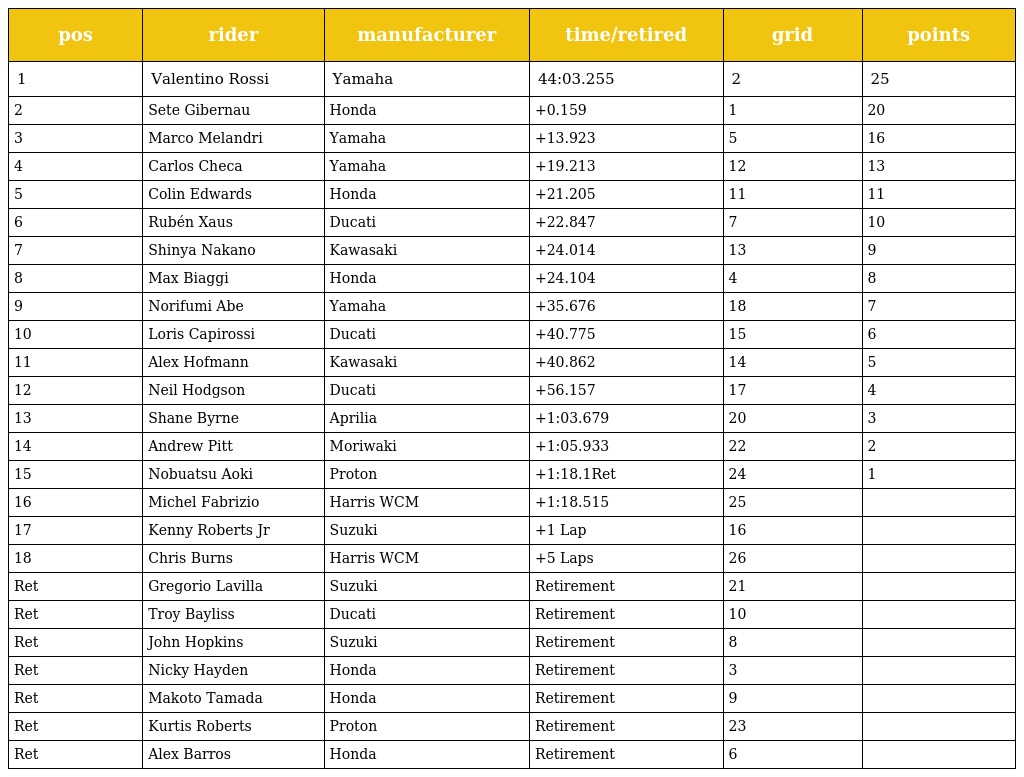
| pos | rider | manufacturer | time/retired | grid | points |
 | --- | --- | --- | --- | --- | --- |
 | 1 | Valentino Rossi | Yamaha | 44:03.255 | 2 | 25 |
 | 2 | Sete Gibernau | Honda | +0.159 | 1 | 20 |
 | 3 | Marco Melandri | Yamaha | +13.923 | 5 | 16 |
 | 4 | Carlos Checa | Yamaha | +19.213 | 12 | 13 |
 | 5 | Colin Edwards | Honda | +21.205 | 11 | 11 |
 | 6 | Rubén Xaus | Ducati | +22.847 | 7 | 10 |
 | 7 | Shinya Nakano | Kawasaki | +24.014 | 13 | 9 |
 | 8 | Max Biaggi | Honda | +24.104 | 4 | 8 |
 | 9 | Norifumi Abe | Yamaha | +35.676 | 18 | 7 |
 | 10 | Loris Capirossi | Ducati | +40.775 | 15 | 6 |
 | 11 | Alex Hofmann | Kawasaki | +40.862 | 14 | 5 |
 | 12 | Neil Hodgson | Ducati | +56.157 | 17 | 4 |
 | 13 | Shane Byrne | Aprilia | +1:03.679 | 20 | 3 |
 | 14 | Andrew Pitt | Moriwaki | +1:05.933 | 22 | 2 |
 | 15 | Nobuatsu Aoki | Proton | +1:18.1Ret | 24 | 1 |
 | 16 | Michel Fabrizio | Harris WCM | +1:18.515 | 25 |  |
 | 17 | Kenny Roberts Jr | Suzuki | +1 Lap | 16 |  |
 | 18 | Chris Burns | Harris WCM | +5 Laps | 26 |  |
 | Ret | Gregorio Lavilla | Suzuki | Retirement | 21 |  |
 | Ret | Troy Bayliss | Ducati | Retirement | 10 |  |
 | Ret | John Hopkins | Suzuki | Retirement | 8 |  |
 | Ret | Nicky Hayden | Honda | Retirement | 3 |  |
 | Ret | Makoto Tamada | Honda | Retirement | 9 |  |
 | Ret | Kurtis Roberts | Proton | Retirement | 23 |  |
 | Ret | Alex Barros | Honda | Retirement | 6 |  |